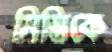
মিস্ত্রিকে